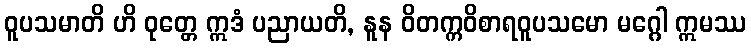
ဝူပသမာတိ ဟိ ဝုတ္တေ ဣဒံ ပညာယတိ, နူန ဝိတက္ကဝိစာရဝူပသမော မဂ္ဂေါ ဣမဿ